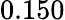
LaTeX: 0.150